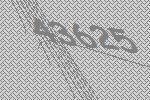
43625